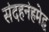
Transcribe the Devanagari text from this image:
संदहनंहमेद्ध